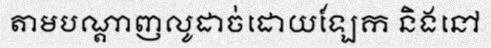
តាមបណ្តាញលូដាច់ដោយឡែក និងនៅ